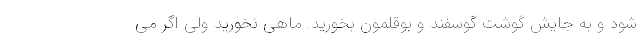
شود و به جایش گوشت گوسفند و بوقلمون بخورید. ماهی نخورید ولی اگر می